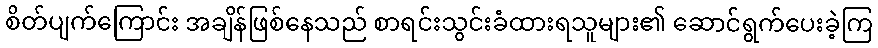
စိတ်ပျက်ကြောင်း အချိန်ဖြစ်နေသည် စာရင်းသွင်းခံထားရသူများ၏ ဆောင်ရွက်ပေးခဲ့ကြ